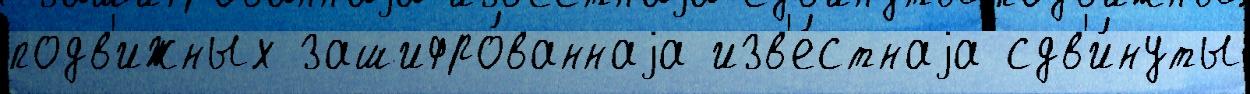
подв'ижных зашифро́ваннаjа изв'е́стнаjа сдв'и́нуты